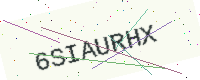
Text: 6SIAURHX